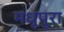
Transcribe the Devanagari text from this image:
मधूपुरा